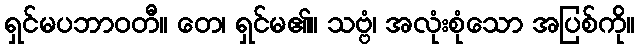
ရှင်မပဘာဝတီ။ တေ၊ ရှင်မ၏။ သဗ္ဗံ၊ အလုံးစုံသော အပြစ်ကို။